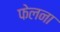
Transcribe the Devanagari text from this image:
फेलना